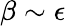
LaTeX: \beta\sim\epsilon